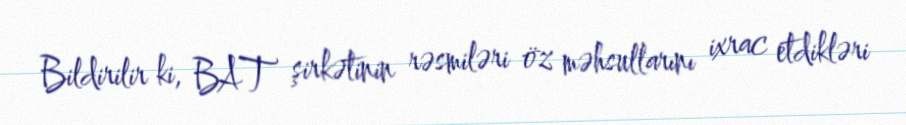
Bildirilir ki, BAT şirkətinin rəsmiləri öz məhsullarını ixrac etdikləri